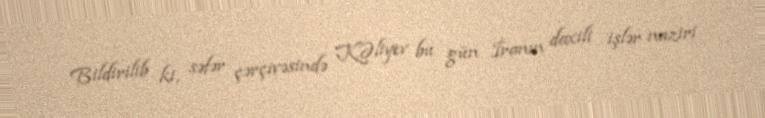
Bildirilib ki, səfər çərçivəsində K.Əliyev bu gün İranın daxili işlər naziri